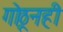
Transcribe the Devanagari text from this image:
गोठूनही